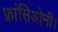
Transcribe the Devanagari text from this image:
फ्रांसिओनी।